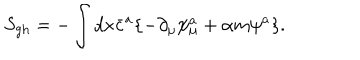
LaTeX: S _ { \mathrm { g h } } = - \int d x \bar { c } ^ { a } \{ - \partial _ { \mu } \psi _ { \mu } ^ { a } + \alpha m \psi ^ { a } \} .